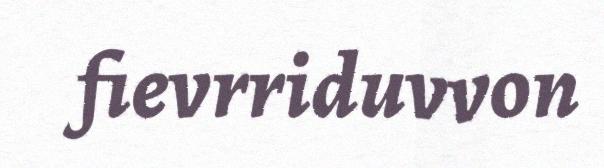
fievrriduvvon